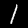
Digit: 1